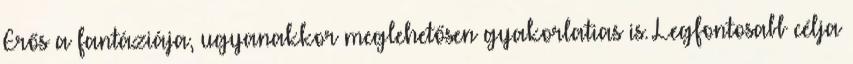
Erős a fantáziája, ugyanakkor meglehetősen gyakorlatias is. Legfontosabb célja